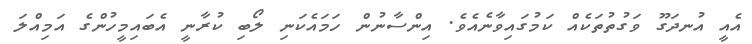
އެއީ އުނދަގޫ ވަގުތުތަކެއް ކަމުގައިވާނެއެވެ. އިންސާނުން ހަމައެކަނި ލޯބި ކުރާނީ އެބައިމީހުންގެ އަމިއްލަ